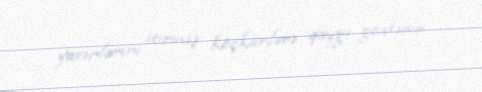
yaxınlarını itirmiş köçkünlərə qayğı göstərir.